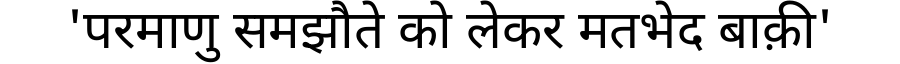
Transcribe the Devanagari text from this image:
'परमाणु समझौते को लेकर मतभेद बाक़ी'